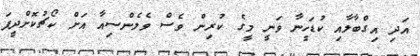
އަދި އިގްބާލާއި ކުޑަހީނާ ވަނީ މީގެ ކުރިން ވެސް ވެލެންސިއާ އަށް ކޯޗުކޮށްދީފަ